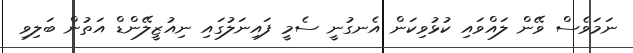
ނަމަވެސް ވޭން ލައްވައި ކުޅުވިކަން އެނގުނީ ސެމީ ފައިނަލުގައި ނިއުޒީލޭންޑް އަތުން ބަލިވި